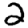
Digit: 2